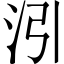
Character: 𪵰